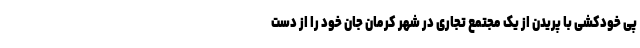
پی خودکشی با پریدن از یک مجتمع تجاری در شهر کرمان جان خود را از دست